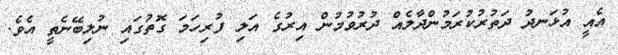
އެއީ އުޅަނދު ދަތުރުކުރަމުންދާލެއް ދުރުވުމުން އިރުގެ އަލި ފުރިހަމަ ގޮތުގައި ނުލިބޭނެތީ އެވެ.